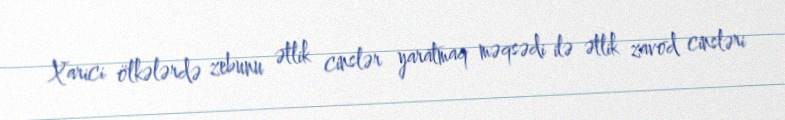
Xarici ölkələrdə zebunu ətlik cinslər yaratmaq məqsədi ilə ətlik zavod cinsləri